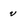
Character: v